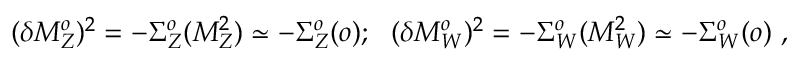
( \delta M _ { Z } ^ { o } ) ^ { 2 } = - \Sigma _ { Z } ^ { o } ( M _ { Z } ^ { 2 } ) \simeq - \Sigma _ { Z } ^ { o } ( o ) ; ~ ~ ( \delta M _ { W } ^ { o } ) ^ { 2 } = - \Sigma _ { W } ^ { o } ( M _ { W } ^ { 2 } ) \simeq - \Sigma _ { W } ^ { o } ( o ) ~ ,